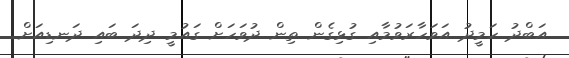
އަބްދު ހަމީދު އަވަހާރަވުމާއި ގުޅިގެން ތިން ދުވަހަށް ގައުމީ ދިދަ ބައި ދަނޑިއަށް